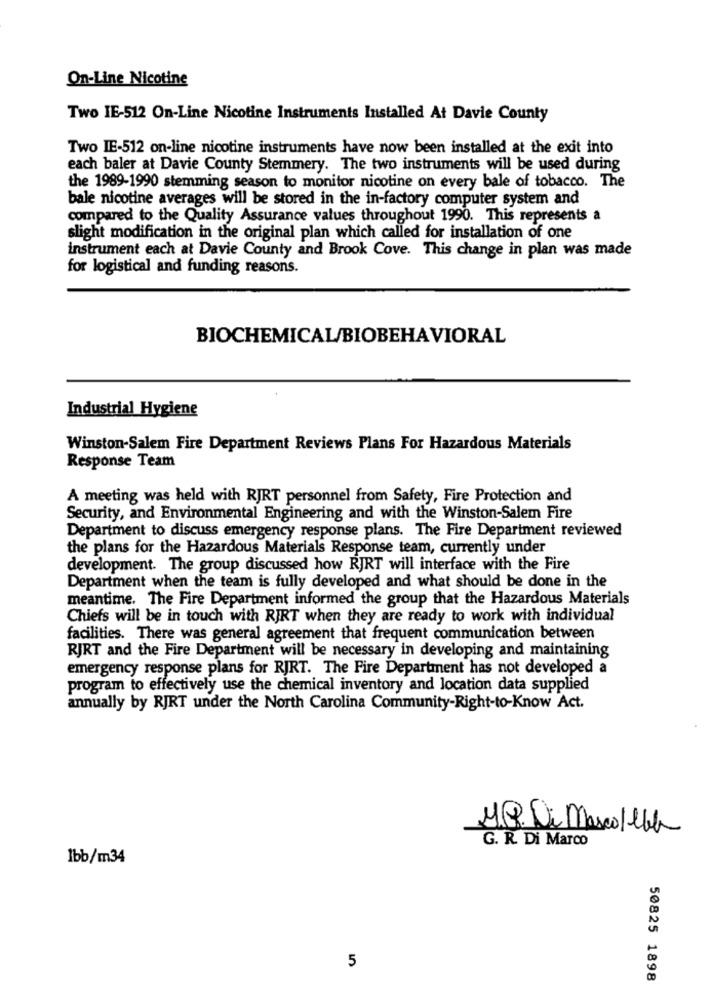
On-Line Nicotine
Two IE-512 On-Line Nicotine Instruments Installed At Davie County
Two IE-512 on-line nicotine instruments have now been installed at the exit into
each baler at Davie County Stemmery. The two instruments will be used during
the 1989-1990 stemming season to monitor nicotine on every bale of tobacco. The
bale nicotine averages will be stored in the in-factory computer system and
compared to the Quality Assurance values throughout 1990. This represents a
slight modification in the original plan which called for installation of one
instrument each at Davie County and Brook Cove. This change in plan was made
for logistical and funding reasons.
BIOCHEMICAL/BIOBEHAVIORAL
Industrial Hygiene
Winston-Salem Fire Department Reviews Plans For Hazardous Materials
Response Team
A meeting was held with RJRT personnel from Safety, Fire Protection and
Security, and Environmental Engineering and with the Winston-Salem Fire
Department to discuss emergency response plans. The Fire Department reviewed
the plans for the Hazardous Materials Response team, currently under
development. The group discussed how RJRT will interface with the Fire
Department when the team is fully developed and what should be done in the
meantime. The Fire Department informed the group that the Hazardous Materials
Chiefs will be in touch with RJRT when they are ready to work with individual
facilities. There was general agreement that frequent communication between
RJRT and the Fire Department will be necessary in developing and maintaining
emergency response plans for RJRT. The Fire Department has not developed a
program to effectively use the chemical inventory and location data supplied
annually by RJRT under the North Carolina Community-Right-to-Know Act.
M.P. Di Mescolebh
G. R. Di Marco
1bb/m34
5
50825 1898